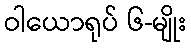
ဝါယောရုပ် ၆-မျိုး